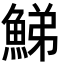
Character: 鮷